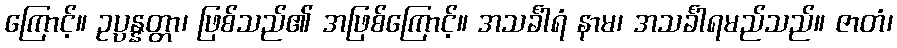
ကြောင့်။ ဥပ္ပန္နတ္တာ၊ ဖြစ်သည်၏ အဖြစ်ကြောင့်။ အသင်္ခါရံ နာမ၊ အသင်္ခါရမည်သည်။ ဇာတံ၊